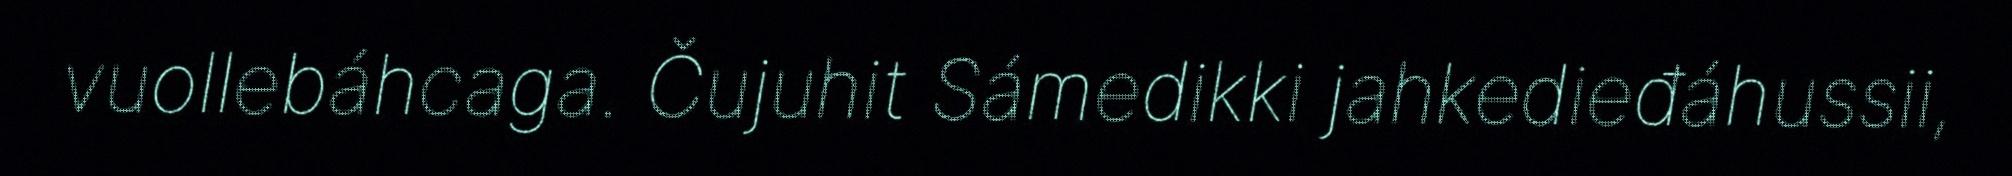
vuollebáhcaga. Čujuhit Sámedikki jahkedieđáhussii,